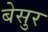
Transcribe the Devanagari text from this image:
बेसुर